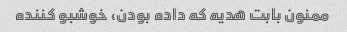
ممنون بابت هدیه که داده بودن، خوشبو کننده